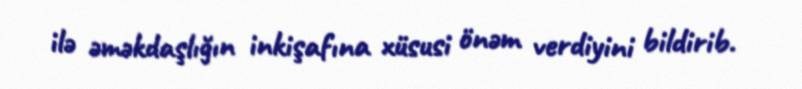
ilə əməkdaşlığın inkişafına xüsusi önəm verdiyini bildirib.